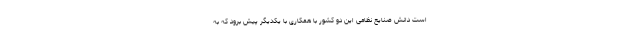
است دانش صنایع نظامی این دو کشور با همکاری با یکدیگر پیش برود که به